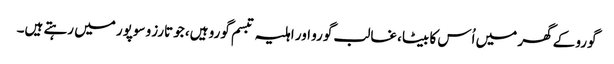
گورو کے گھر میں اُس کا بیٹا، غالب گورو اور اہلیہ تبسم گورو ہیں، جو تارزو سوپور میں رہتے ہیں۔